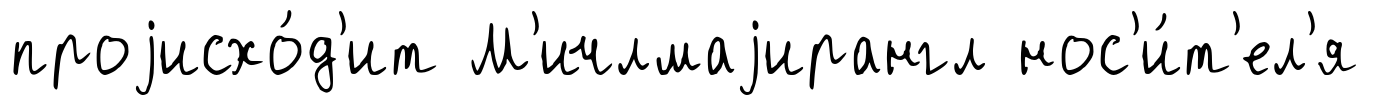
проjисхо́д'ит М'ичлмаjирангл нос'и́т'ел'я